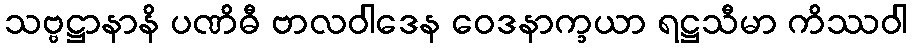
သဗ္ဗဋ္ဌာနာနိ ပဏိဓီ ဗာလဝါဒေန ဝေဒနာက္ခယာ ရဋ္ဌသီမာ ကိဿဝါ